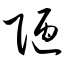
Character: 陋